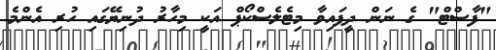
"ފާސްޓް" ގެ ނަން ދީފައިވާ މިޓެލެސްކޯޕް އަކީ މިހާރު ދުނިޔޭގައި ހުރި އެންމެ